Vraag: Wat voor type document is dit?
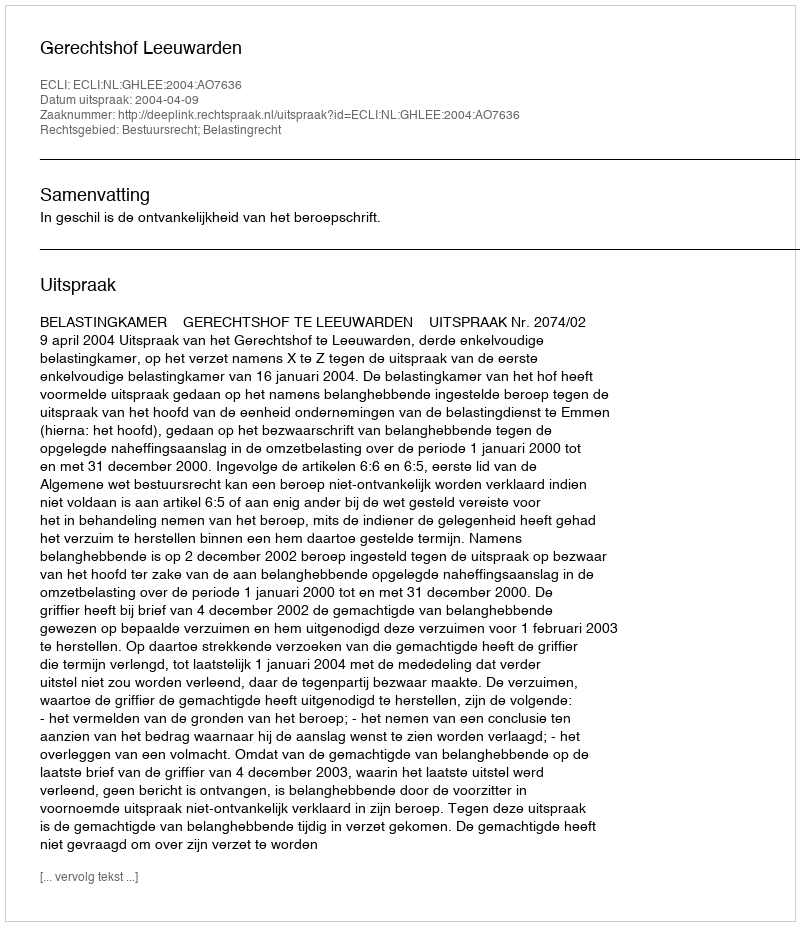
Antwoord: Uitspraak